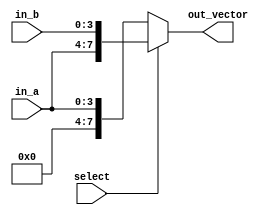
module VectorContinuousAssignment (
    input wire [3:0] in_a,        // 4-bit input signal A
    input wire [3:0] in_b,        // 4-bit input signal B
    input wire select,             // Control signal for conditional logic
    output reg [7:0] out_vector    // 8-bit output vector signal
);

// Continuous assignment using procedural block
always @(*) begin
    // Conditional logic to determine the output vector
    if (select) begin
        // Concatenate in_a and in_b when select is high
        out_vector = {in_a, in_b}; // Concatenation of in_a (4 bits) and in_b (4 bits)
    end else begin
        // Assign a default value or perform another operation when select is low
        out_vector = {4'b0000, in_a}; // Concatenate 4 zeros with in_a
    end
end

endmodule